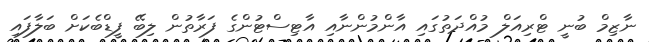
ނާޒިމް ބުނީ ޓްރިއަލް މުއްދަތުގައި އާންމުންނާއި އާޓިސްޓުންގެ ފަރާތުން ލިބޭ ފީޑްބެކަށް ބަލާފައި